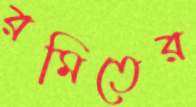
রমিতের